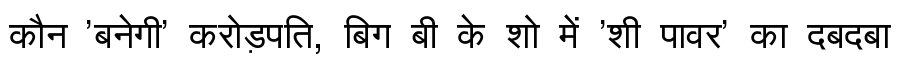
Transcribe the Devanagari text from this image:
कौन 'बनेगी' करोड़पति, बिग बी के शो में 'शी पावर' का दबदबा